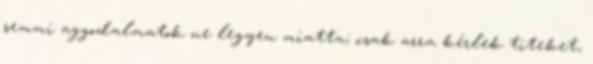
semmi aggodalmatok ne legyen miatta; csak arra kérlek titeket,